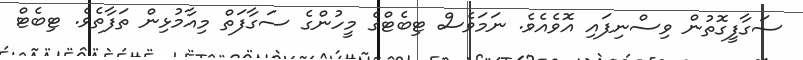
ސަގާފީގޮތުން ވިސްނިފައި އޮވެއެވެ. ނަމަވެސް ޓިބެޓްގެ މީހުންގެ ސަގާފަތް މިއާމުޅިން ތަފާތެވެ. ޓިބެޓް